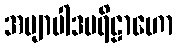
အဗျာပါဒပရိဠာဟော